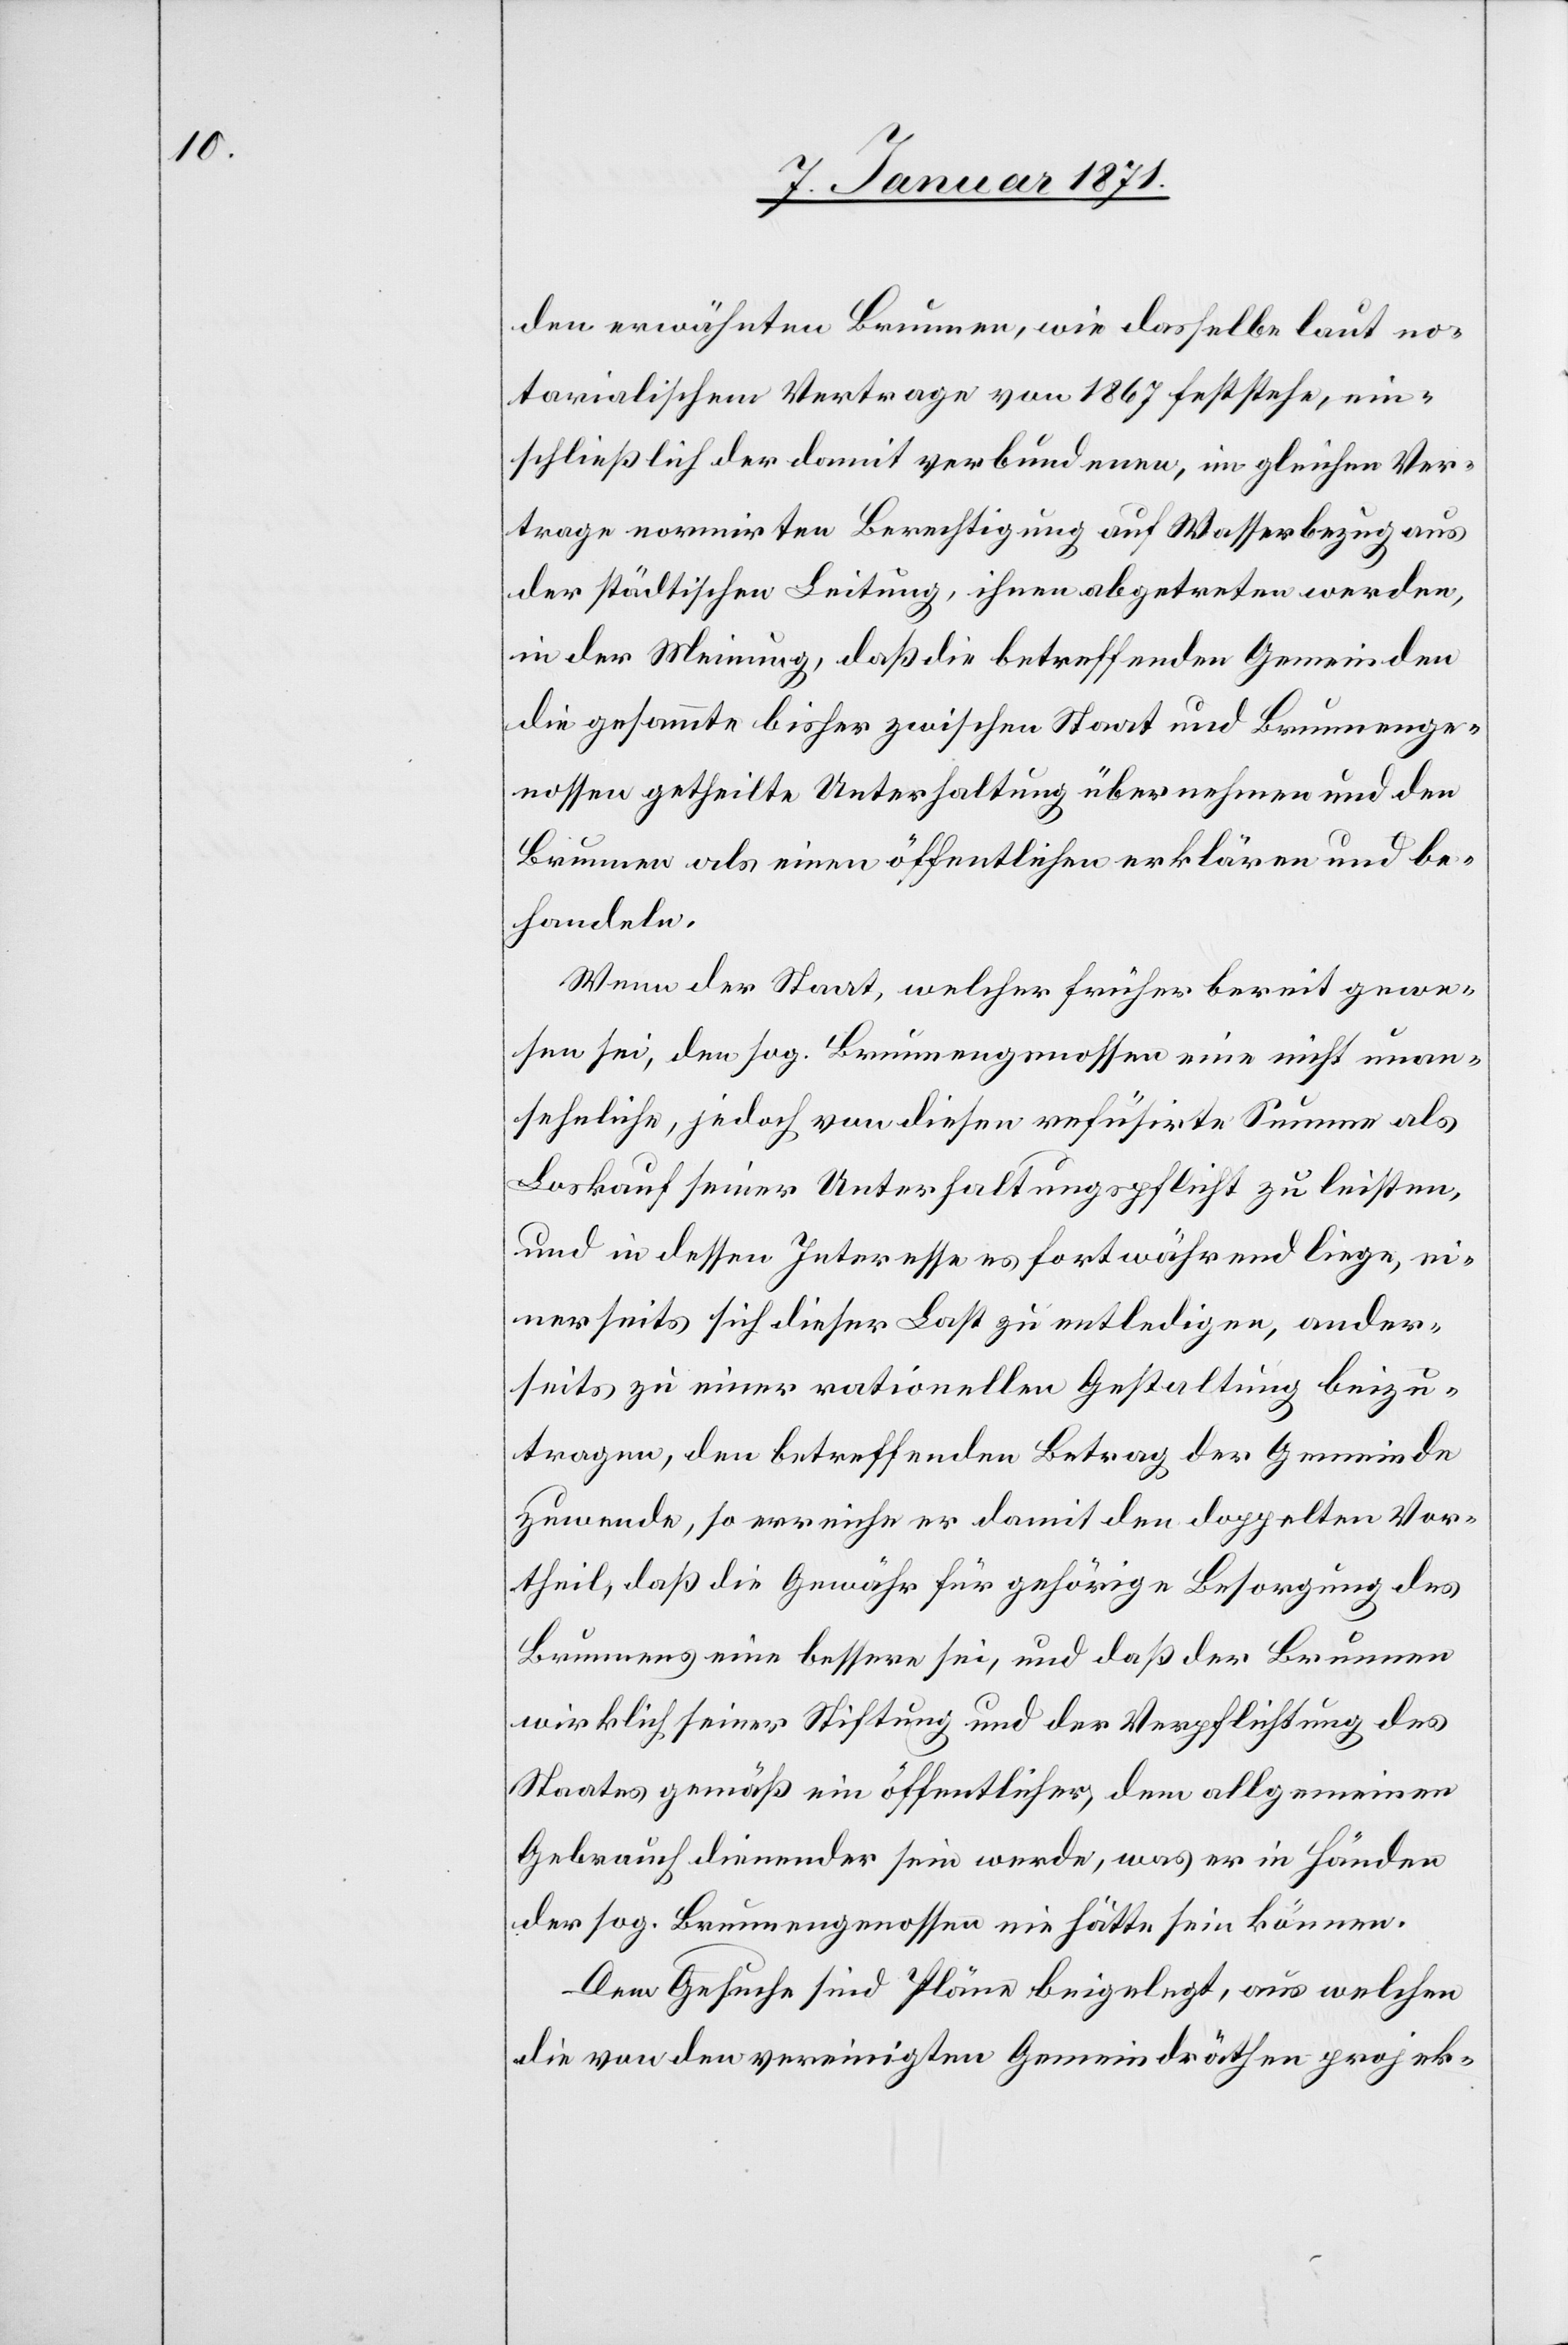
den erwähnten Brunnen, wie dasselbe laut no¬
tarialischem Antrage von 1867 feststehe, ein¬
schließlich der damit verbundenen, im gleichen Ver¬
trage normirten Berechtigung auf Wasserbezug aus
der städtischen Leitung, ihnen abgetreten werden,
in der Meinung, daß die betreffenden Gemeinden
die gesammte bisher zwischen Staat und Brunnenge¬
nossen getheilte Unterhaltung übernehmen und den
Brunnen als einen öffentlichen erklären und be¬
handeln.
Wenn der Staat, welcher früher bereit gewe¬
sen sei, den sog. Brunnengenossen eine nicht unan¬
sehnliche, jedoch von diesen refüsirte Summe als
Loskauf seiner Unterhaltungspflicht zu leisten,
und in dessen Interesse es fortwährend liege, ei¬
nerseits sich dieser Last zu entledigen, ander¬
seits zu einer rationellen Gestaltung beizu¬
tragen, den betreffenden Betrag der Gemeinde
zuwende, so erreiche er damit den doppelten Vor¬
theil, daß die Gewähr für gehörige Besorgung des
Brunnens eine bessere sei, und daß der Brunnen
wirklich seiner Stiftung und der Verpflichtung des
Staates gemäß ein öffentliches, dem allgemeinen
Gebrauch dienender sein werde, was er in Händen
der sog. Brunnengenossen nie hätte sein können.
Dem Gesuche sind Pläne beigelegt, aus welchen
die von den vereinigten Gemeindräthen projek-